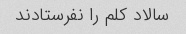
سالاد کلم را نفرستادند